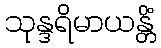
သုန္ဒရိမာယန္တိံ